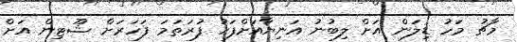
މާޗު މަހު ޑިލަން އަށް ލިބުނު އަނިޔާއަށްފަހު ފުރަތަމަ ފަހަރަށް ޝޫޓިން އަށް